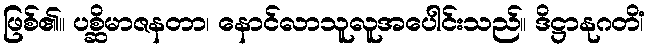
ဖြစ်၏။ ပစ္ဆိမာဇနတာ၊ နောင်လာသူလူအပေါင်းသည်။ ဒိဋ္ဌာနုဂတိံ၊